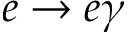
e \rightarrow e \gamma